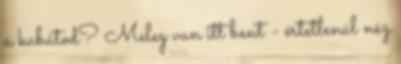
a kabátod? Meleg van itt bent - értetlenül néz